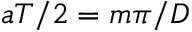
a T / 2 = m \pi / D